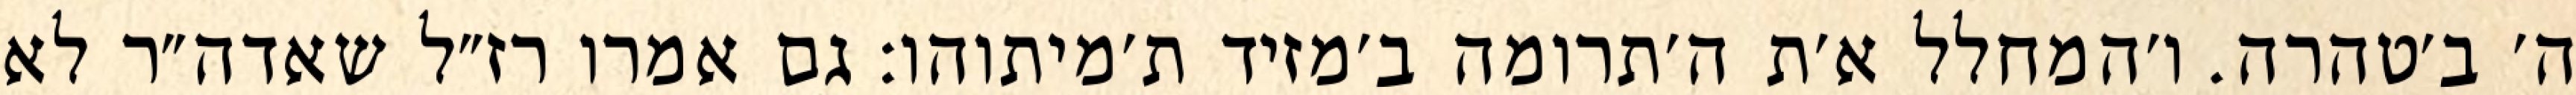
ה׳ ב׳טהרה. ו׳המחלל א׳ת ה׳תרומה ב׳מזיד ת׳מיתוהו: גם אמרו רז״ל שאדה״ר לא